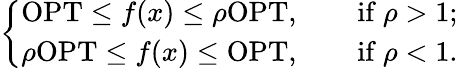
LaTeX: \left\{ \begin{array}{ll}{\mathrm{OPT}\leq f(x)\leq\rho\mathrm{OPT},\qquad{\mathrm{if~}}\rho>1;}\\ {\rho\mathrm{OPT}\leq f(x)\leq\mathrm{OPT},\qquad{\mathrm{if~}}\rho<1.}\end{array}\right.